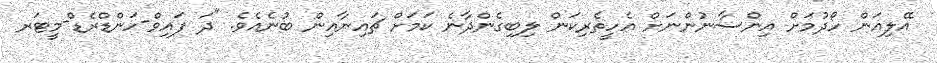
އޭލިއަން ހޯދުމަށް އިންސާނުންނަށް އެހީތެރިކަން ލިބިގެންދާނެ ކަމަށް ޗައިނާއިން ބުނެއެވެ. "ދަ ފައިވް-ހަންޑްރެޑް-މީޓަރ